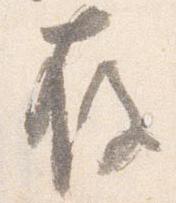
存